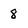
Character: 8